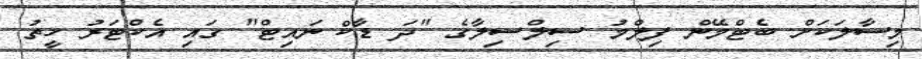
މިސާލަކަށް ބެޓްމޭން ފިލްމު ސިލްސިލާގެ "ދަ ޑާކް ނައިޓް" ގައި އެކްޓަރު ހީތު